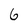
Character: 6